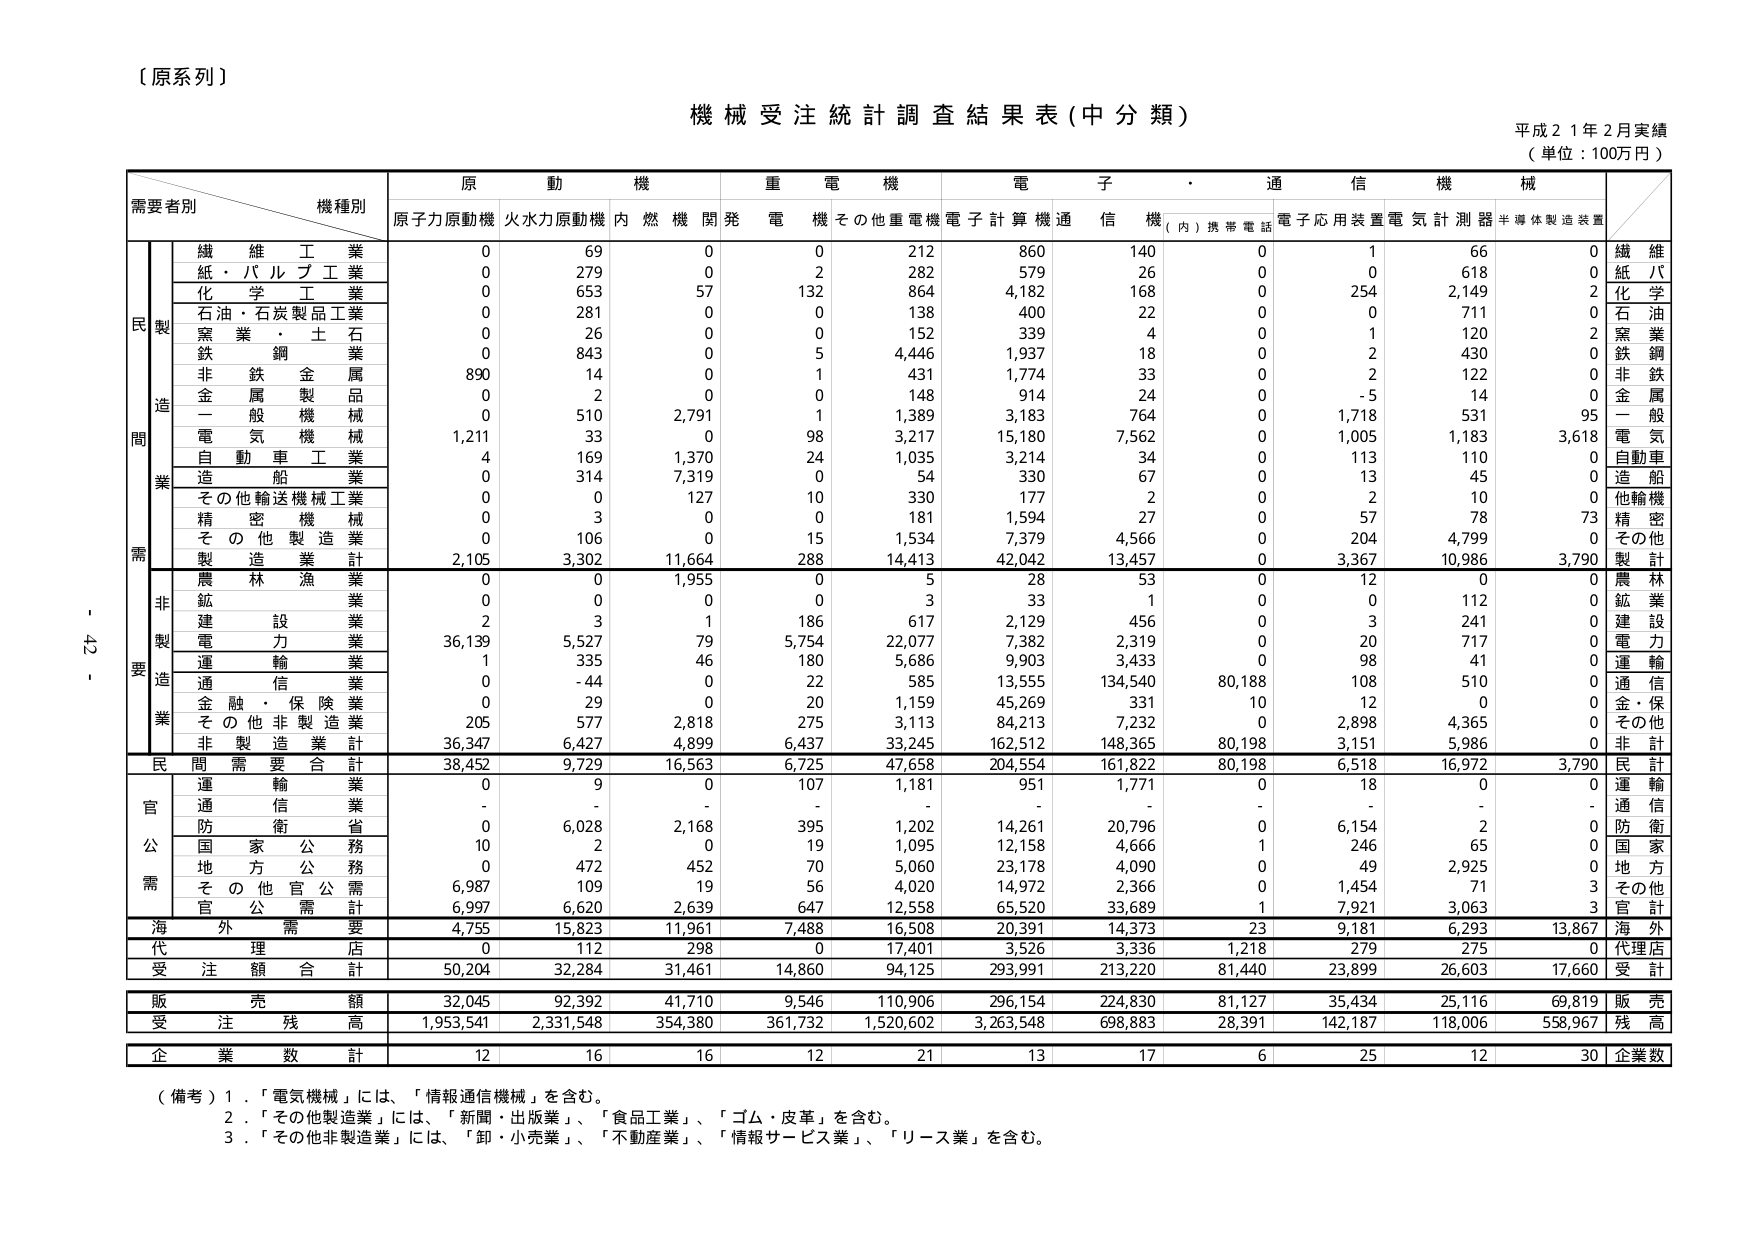
〔原系列〕

機械受注統計調査結果表（中分類）
平成２１年２月実績
（単位：100万円）

需要者別　　　　　　　　機種別
　　　　　　　　　　　　原　動　機　　　　　重　電　機　　　　　電　子　・　通　信　機　械
　　　　　　　　　　　　原子力原動機　火水力原動機　内　燃　機　関　発　電　機　その他重電機　電子計算機　通信機（内）携帯電話　電子応用装置　電気計測器　半導体製造装置

　　　　　　　　　　　　繊維工業　　　　　　0　　　　　69　　　　　0　　　　　0　　　　　212　　　　　860　　　　　140　　　　　0　　　　　1　　　　　66　　　　　0　　　　　繊維
　　　　　　　　　　　　紙・パルプ工業　　　0　　　　　279　　　　　0　　　　　2　　　　　282　　　　　579　　　　　26　　　　　0　　　　　0　　　　　618　　　　　0　　　　　紙　パ
　　　　　　　　　　　　化学工業　　　　　　0　　　　　653　　　　　57　　　　　132　　　　　864　　　　　4,182　　　　　168　　　　　0　　　　　254　　　　　2,149　　　　　2　　　　　化学
　　　　　　　　　　　　石油・石炭製品工業　0　　　　　281　　　　　0　　　　　0　　　　　138　　　　　400　　　　　22　　　　　0　　　　　0　　　　　711　　　　　0　　　　　石油
　　　　　　　　　　　　窯業・土石　　　　　0　　　　　26　　　　　0　　　　　0　　　　　152　　　　　339　　　　　4　　　　　0　　　　　1　　　　　120　　　　　2　　　　　窯業
　　　　　　　　　　　　鉄鋼　　　　　　　　0　　　　　843　　　　　0　　　　　5　　　　　4,446　　　　　1,937　　　　　18　　　　　0　　　　　2　　　　　430　　　　　0　　　　　鉄鋼
　　　　　　　　　　　　非鉄金属　　　　　　890　　　　　14　　　　　0　　　　　1　　　　　431　　　　　1,774　　　　　33　　　　　0　　　　　2　　　　　122　　　　　0　　　　　非鉄
　　　　　　　　　　　　金属製品　　　　　　0　　　　　2　　　　　0　　　　　0　　　　　148　　　　　914　　　　　24　　　　　0　　　　　-5　　　　　14　　　　　0　　　　　金属
　　　　　　　　　　　　一般機械　　　　　　0　　　　　510　　　　　2,791　　　　1　　　　　1,389　　　　　3,183　　　　　764　　　　　0　　　　　1,718　　　　531　　　　　95　　　　一般
　　　　　　　　　　　　電気機械　　　　　　1,211　　　33　　　　　0　　　　　98　　　　　3,217　　　　　15,180　　　　　7,562　　　　0　　　　　1,005　　　　1,183　　　　3,618　　　電気
　　　　　　　　　　　　自動車工業　　　　　4　　　　　169　　　　　1,370　　　　24　　　　　1,035　　　　　3,214　　　　　34　　　　　0　　　　　113　　　　　110　　　　　0　　　　　自動車
　　　　　　　　　　　　造船　　　　　　　　0　　　　　314　　　　　7,319　　　　0　　　　　54　　　　　　330　　　　　67　　　　　0　　　　　13　　　　　45　　　　　0　　　　　造船
　　　　　　　　　　　　その他輸送機械工業　0　　　　　0　　　　　127　　　　　10　　　　　330　　　　　177　　　　　2　　　　　0　　　　　2　　　　　10　　　　　0　　　　　他輸機
　　　　　　　　　　　　精密機械　　　　　　0　　　　　3　　　　　0　　　　　0　　　　　181　　　　　1,594　　　　　27　　　　　0　　　　　57　　　　　78　　　　　73　　　　精密
　　　　　　　　　　　　その他製造業　　　　0　　　　　106　　　　　0　　　　　15　　　　　1,534　　　　　7,379　　　　　4,566　　　　0　　　　　204　　　　　4,799　　　　0　　　　　その他
　　　　　　　　　　　　製造業計　　　　　　2,105　　　3,302　　　11,664　　　288　　　　14,413　　　　42,042　　　　13,457　　　　0　　　　　3,367　　　　10,986　　　3,790　　　製計

　　　　　　　　　　　　農林漁業　　　　　　0　　　　　0　　　　　1,955　　　　0　　　　　5　　　　　　28　　　　　53　　　　　0　　　　　12　　　　　0　　　　　0　　　　　農林
　　　　　　　　　　　　鉱業　　　　　　　　0　　　　　0　　　　　0　　　　　0　　　　　3　　　　　　33　　　　　1　　　　　0　　　　　0　　　　　112　　　　　0　　　　　鉱業
　　　　　　　　　　　　建設業　　　　　　　2　　　　　3　　　　　1　　　　　186　　　　　617　　　　　2,129　　　　　456　　　　　0　　　　　3　　　　　241　　　　　0　　　　　建設
　　　　　　　　　　　　電力業　　　　　　　36,139　　　5,527　　　79　　　　　5,754　　　22,077　　　　7,382　　　　　2,319　　　　0　　　　　20　　　　　717　　　　　0　　　　　電力
　　　　　　　　　　　　運輸業　　　　　　　1　　　　　335　　　　　46　　　　　180　　　　　5,686　　　　　9,903　　　　　3,433　　　　0　　　　　98　　　　　41　　　　　0　　　　　運輸
　　　　　　　　　　　　通信業　　　　　　　0　　　　　-44　　　　　0　　　　　22　　　　　585　　　　　13,555　　　　134,540　　　80,188　　　108　　　　　510　　　　　0　　　　　通信
　　　　　　　　　　　　金融・保険業　　　　0　　　　　29　　　　　0　　　　　20　　　　　1,159　　　　　45,269　　　　　331　　　　　10　　　　12　　　　　0　　　　　0　　　　　金・保
　　　　　　　　　　　　その他非製造業　　　205　　　　　577　　　　　2,818　　　　275　　　　　3,113　　　　　84,213　　　　　7,232　　　　0　　　　　2,898　　　　4,365　　　　0　　　　　その他
　　　　　　　　　　　　非製造業計　　　　36,347　　　6,427　　　4,899　　　6,437　　　33,245　　　　162,512　　　　148,365　　　80,198　　　3,151　　　　5,986　　　　0　　　　　非計

　　　　　　　　　　　　民需合計　　　　　　38,452　　　9,729　　　16,563　　　6,725　　　47,658　　　　204,554　　　　161,822　　　80,198　　　6,518　　　　16,972　　　3,790　　　民計

　　　　　　　　　　　　運輸業　　　　　　　0　　　　　9　　　　　0　　　　　107　　　　　1,181　　　　　951　　　　　1,771　　　　0　　　　　18　　　　　0　　　　　0　　　　　運輸
　　　　　　　　　　　　通信業　　　　　　　-　　　　　-　　　　　-　　　　　-　　　　　-　　　　　　-　　　　　　-　　　　　-　　　　　-　　　　　-　　　　　-　　　　　通信
　　　　　　　　　　　　防衛省　　　　　　　0　　　　　6,028　　　2,168　　　395　　　　　1,202　　　　　14,261　　　　20,796　　　0　　　　　6,154　　　　2　　　　　0　　　　　防衛
　　　　　　　　　　　　国家公務　　　　　　10　　　　　2　　　　　0　　　　　19　　　　　1,095　　　　　12,158　　　　　4,666　　　　1　　　　　246　　　　　65　　　　　0　　　　　国家
　　　　　　　　　　　　地方公務　　　　　　0　　　　　472　　　　　452　　　　70　　　　　5,060　　　　　23,178　　　　　4,090　　　　0　　　　　49　　　　　2,925　　　　0　　　　　地方
　　　　　　　　　　　　その他官公需　　　　6,987　　　109　　　　　19　　　　　56　　　　　4,020　　　　　14,972　　　　　2,366　　　　0　　　　　1,454　　　　71　　　　　3　　　　　その他
　　　　　　　　　　　　官公需計　　　　　　6,997　　　6,620　　　2,639　　　647　　　　　12,558　　　　65,520　　　　33,689　　　1　　　　　7,921　　　　3,063　　　　3　　　　　官計

　　　　　　　　　　　　海外需要　　　　　　4,755　　　15,823　　　11,961　　　7,488　　　16,508　　　　20,391　　　　14,373　　　23　　　　　9,181　　　　6,293　　　　13,867　　　海外

　　　　　　　　　　　　代理店　　　　　　　0　　　　　112　　　　　298　　　　0　　　　　17,401　　　　　3,526　　　　　3,336　　　　1,218　　　279　　　　　275　　　　　0　　　　　代理店

　　　　　　　　　　　　受注額合計　　　　50,204　　　32,284　　　31,461　　　14,860　　　94,125　　　　293,991　　　　213,220　　　81,440　　　23,899　　　26,603　　　17,660　　　受計

　　　　　　　　　　　　販売額　　　　　　　32,045　　　92,392　　　41,710　　　9,546　　　110,906　　　　296,154　　　　224,830　　　81,127　　　35,434　　　25,116　　　69,819　　　販売

　　　　　　　　　　　　受注残高　　　　　　1,953,541　2,331,548　354,380　　　361,732　　1,520,602　　　3,263,548　　　698,883　　　28,391　　　142,187　　　118,006　　　558,967　　　残高

　　　　　　　　　　　　企業数計　　　　　　12　　　　　16　　　　　16　　　　　12　　　　　21　　　　　　13　　　　　　17　　　　　6　　　　　25　　　　　12　　　　　30　　　　　企業数

（備考）1．「電気機械」には、「情報通信機械」を含む。
　　　　2．「その他製造業」には、「新聞・出版業」、「食品工業」、「ゴム・皮革」を含む。
　　　　3．「その他非製造業」には、「卸・小売業」、「不動産業」、「情報サービス業」、「リース業」を含む。